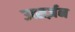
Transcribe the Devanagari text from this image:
उत्सर्ज़न